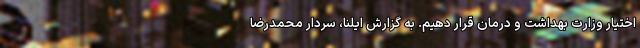
اختیار وزارت بهداشت و درمان قرار دهیم. به گزارش ایلنا، سردار محمدرضا